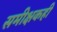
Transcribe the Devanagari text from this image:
समीक्षकही